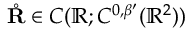
\mathring { \mathbf { R } } \in C ( \ensuremath { \mathbb { R } } ; C ^ { 0 , \beta ^ { \prime } } ( \ensuremath { \mathbb { R } } ^ { 2 } ) )